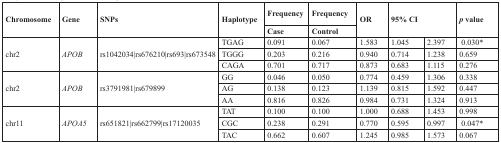
| <ROWSPAN=2> Chromosome | <ROWSPAN=2> Gene | <ROWSPAN=2> SNPs | <ROWSPAN=2> Haplotype | Frequency | Frequency | <ROWSPAN=2> OR | <ROWSPAN=2-COLSPAN=2> 95% CI | <ROWSPAN=2> p value |
 | Case | Control |
 | --- | --- | --- | --- | --- | --- | --- | --- | --- | --- |
 | <ROWSPAN=3> chr2 | <ROWSPAN=3> APOB | <ROWSPAN=3> rs1042034|rs676210|rs693|rs673548 | TGAG | 0.091 | 0.067 | 1.583 | 1.045 | 2.397 | 0.030* |
 | TGGG | 0.203 | 0.216 | 0.940 | 0.714 | 1.238 | 0.659 |
 | CAGA | 0.701 | 0.717 | 0.873 | 0.683 | 1.115 | 0.276 |
 | <ROWSPAN=3> chr2 | <ROWSPAN=3> APOB | <ROWSPAN=3> rs3791981|rs679899 | GG | 0.046 | 0.050 | 0.774 | 0.459 | 1.306 | 0.338 |
 | AG | 0.138 | 0.123 | 1.139 | 0.815 | 1.592 | 0.447 |
 | AA | 0.816 | 0.826 | 0.984 | 0.731 | 1.324 | 0.913 |
 | <ROWSPAN=3> chr11 | <ROWSPAN=3> APOA5 | <ROWSPAN=3> rs651821|rs662799|rs17120035 | TAT | 0.100 | 0.100 | 1.000 | 0.688 | 1.453 | 0.998 |
 | CGC | 0.238 | 0.291 | 0.770 | 0.595 | 0.997 | 0.047* |
 | TAC | 0.662 | 0.607 | 1.245 | 0.985 | 1.573 | 0.067 |